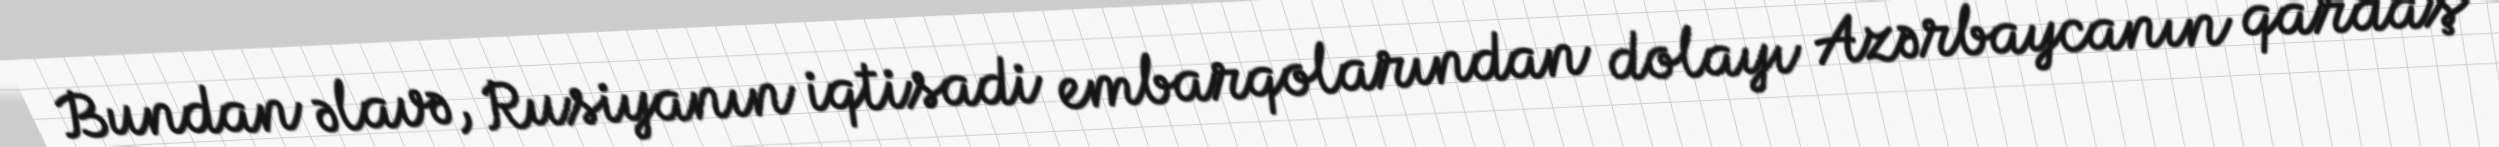
Bundan əlavə, Rusiyanın iqtisadi embarqolarından dolayı Azərbaycanın qardaş